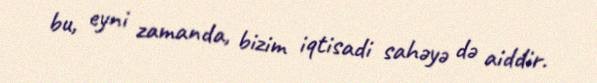
bu, eyni zamanda, bizim iqtisadi sahəyə də aiddir.